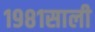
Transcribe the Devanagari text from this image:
१९८१साली